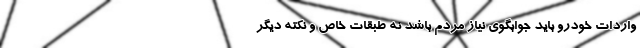
واردات خودرو باید جوابگوی نیاز مردم باشد نه طبقات خاص و نکته دیگر